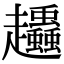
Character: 𧾶